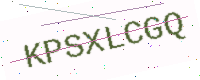
Text: KPSXLCGQ